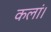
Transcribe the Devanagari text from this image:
कलां।